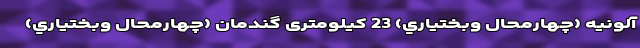
آلونيه (چهارمحال وبختياري) 23 کیلومتری گندمان (چهارمحال وبختياري)